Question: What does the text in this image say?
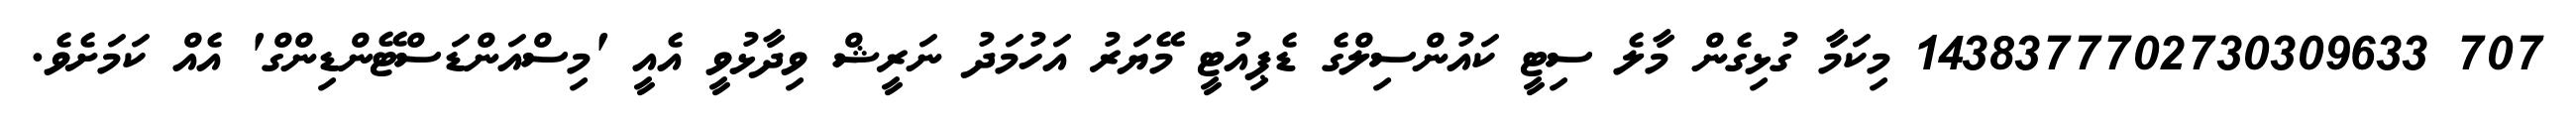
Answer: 707 1438377702730309633 މިކަމާ ގުޅިގެން މާލެ ސިޓީ ކައުންސިލްގެ ޑެޕިއުޓީ މޭޔަރު އަހުމަދު ނަރީޝް ވިދާޅުވީ އެއީ 'މިސްއަންޑަސްޓޭންޑިންގް' އެއް ކަމަށެވެ.